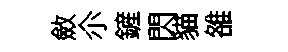
斂尒鏟閃貓雒